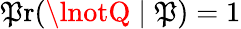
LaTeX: \operatorname*{\mathfrak{P}r}(\lnotQ\mid\mathfrak{P})=1